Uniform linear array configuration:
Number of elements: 64
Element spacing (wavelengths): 0.75
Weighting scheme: uniform
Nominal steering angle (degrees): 30
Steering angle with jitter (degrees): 29.41
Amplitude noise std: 0.05
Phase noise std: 0.05

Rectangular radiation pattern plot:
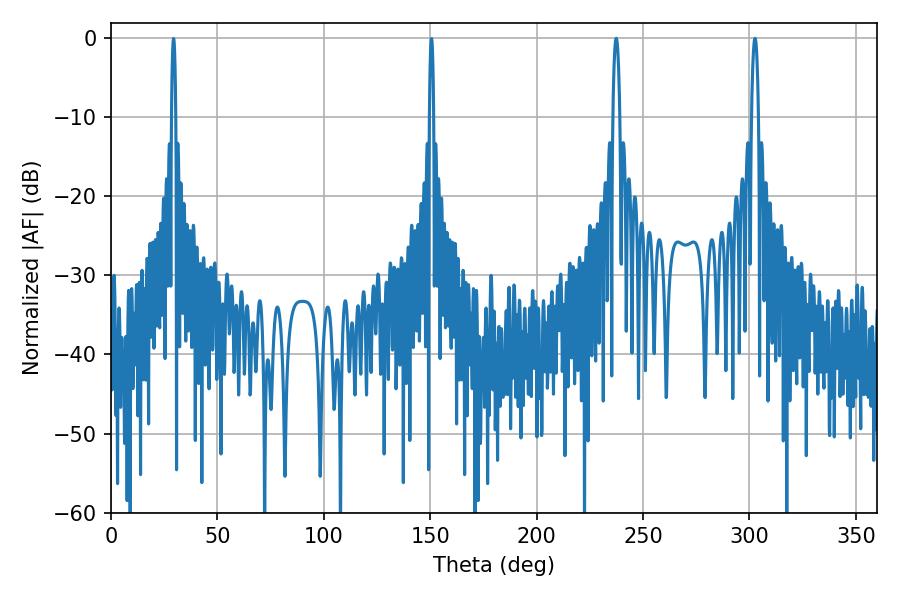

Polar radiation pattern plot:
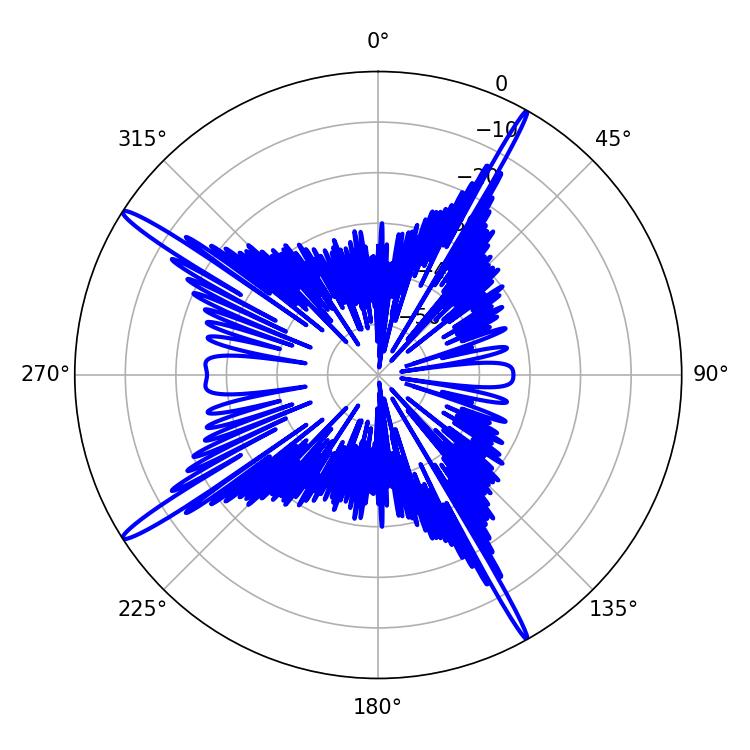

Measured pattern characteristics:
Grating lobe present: TRUE
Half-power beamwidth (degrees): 1.8
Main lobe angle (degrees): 237.42